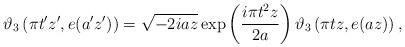
LaTeX: \begin{align*}\vartheta_3\left(\pi t' z',e(a'z')\right)=\sqrt{-2iaz}\exp\left(\frac{i\pi t^2 z}{2a}\right)\vartheta_3\left(\pi t z,e(az)\right),\end{align*}